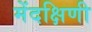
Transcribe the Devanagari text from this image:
मेंदक्षिणी